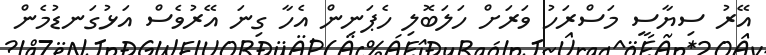
އޭރު ސިޔާސީ މަސްރަހު ވަރަށް ހަލަބޮލި ހެޕަނިން އެހާ ގިނަ އޭރުވެސް އަޅުގަނޑުމެން